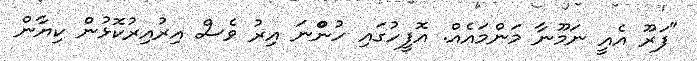
"ފަރޫ އެއީ ނަމޫނާ މަންމައެއް. އޮފީހުގައި ހުންްނަ އިރު ވެސް އިރުއިރުކޮޅުން ކިޔާން